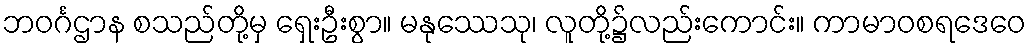
ဘဝင်္ဂဌာန စသည်တို့မှ ရှေးဦးစွာ။ မနုဿေသု၊ လူတို့၌လည်းကောင်း။ ကာမာဝစရဒေဝေ